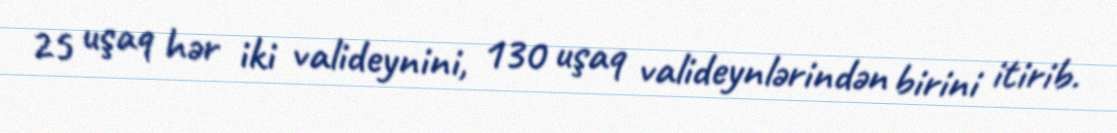
25 uşaq hər iki valideynini, 130 uşaq valideynlərindən birini itirib.